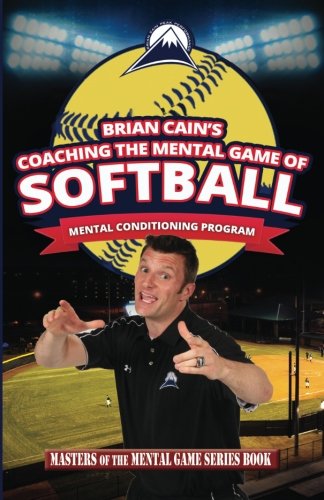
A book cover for Coaching The Mental Game of Softball; Brian Cain; Sports & Outdoors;